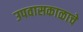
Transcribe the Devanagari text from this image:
उपवासकाळाचे